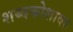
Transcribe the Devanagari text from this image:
शब्दकोशावर